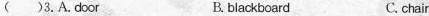
( )3. A. Door B. blackboard C. chair